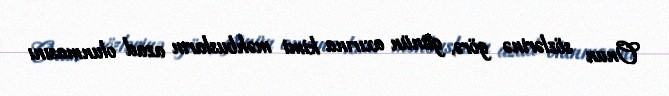
Onun sözlərinə görə, günün axırına kimi məhbusların azad olunmasını